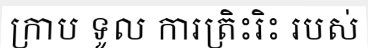
ក្រាប ទូល ការត្រិះរិះ របស់